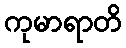
ကုမာရာတိ